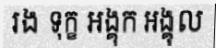
រង ទុក្ខ អង្គុក អង្គុល